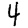
Digit: 4